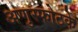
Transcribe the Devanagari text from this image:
अणुस्फोटके